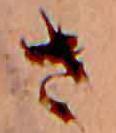
さ